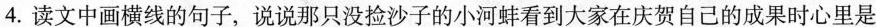
4.读文中画横线的句子，说说那只没捡沙子的小河蚌看到大家在庆贺自己的成果时心里是